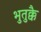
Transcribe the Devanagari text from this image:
भुतुक्कै